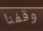
وقفنا